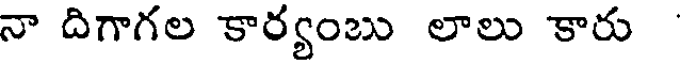
నా దిగాగల కార్యంబు లాలు కారు